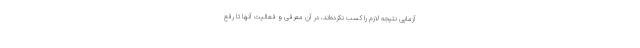
آزمایی نتیجه لازم را کسب نکرده‌اند، در آن معرفی و فعالیت آنها تا رفع